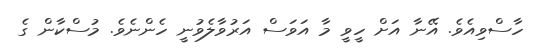
ހާސްވިއެވެ. އޭނާ އަށް ހީވީ މާ އަވަސް އަރުވާލެވުނީ ހެންނެވެ. މުސްކާން ގެ